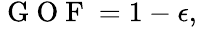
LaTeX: \begin{array}{r}{\mathrm{~G~O~F~}=1-\epsilon,}\end{array}